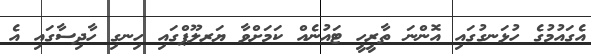
އެގައުމުގެ ހުޅަނގުގައި އޮންނަ ތާރީހީ ޓައުނެއް ކަމަށްވާ ޔަރލޫޕްގައި ހިނގި ހާދިސާގައި އެ